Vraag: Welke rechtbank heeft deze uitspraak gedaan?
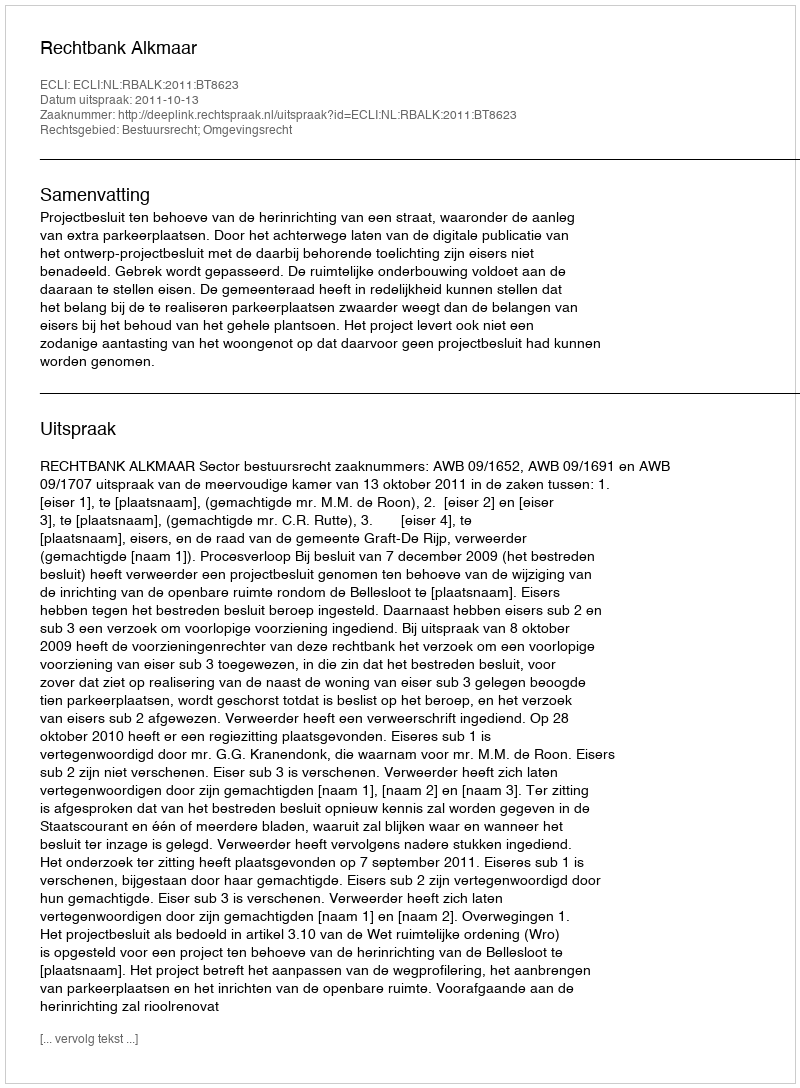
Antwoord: Rechtbank Alkmaar